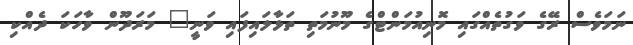
ނަމަވެސް ރޭގެ ވަގުތެއްގައި މޮނިއުމަންޓްގެ މޫނުމަތި ތަޅާލައިފައި ވަނީ" މަރަދޫން ވާހަކަ ދެއްކި